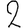
Digit: 2